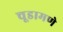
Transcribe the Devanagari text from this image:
चूडामणे